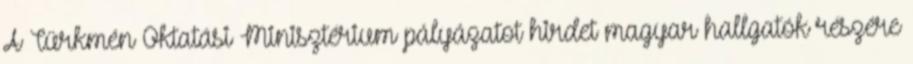
A Türkmén Oktatási Minisztérium pályázatot hirdet magyar hallgatók részére